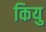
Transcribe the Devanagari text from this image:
कियु